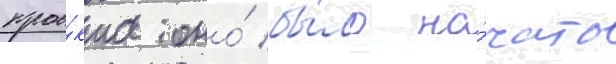
прое́кта оно́ бы́ло на́чато